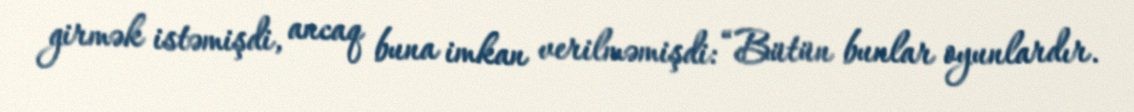
girmək istəmişdi, ancaq buna imkan verilməmişdi: “Bütün bunlar oyunlardır.